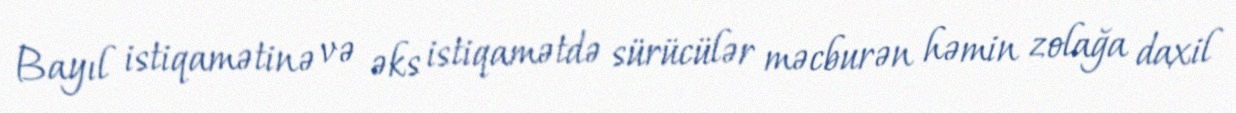
Bayıl istiqamətinə və əks istiqamətdə sürücülər məcburən həmin zolağa daxil